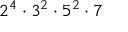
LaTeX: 2 ^ { 4 } \cdot 3 ^ { 2 } \cdot 5 ^ { 2 } \cdot 7